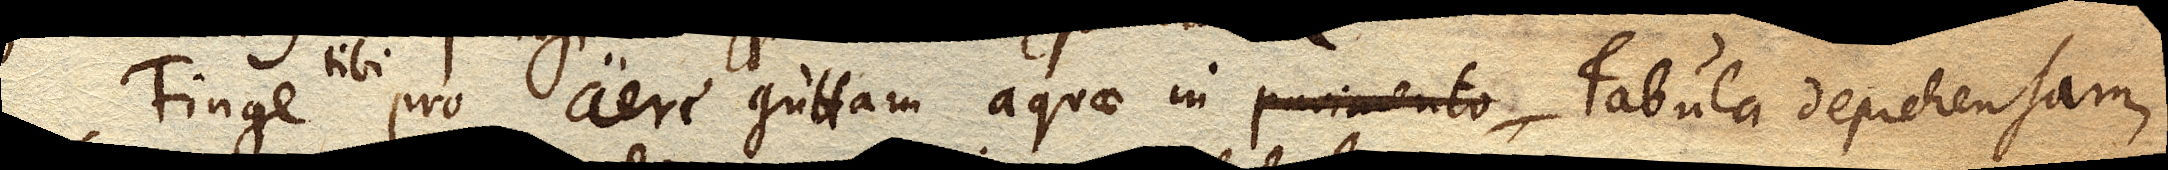
Finge tibi pro aere guttam aquae in pavimento Tabula deprehensam,